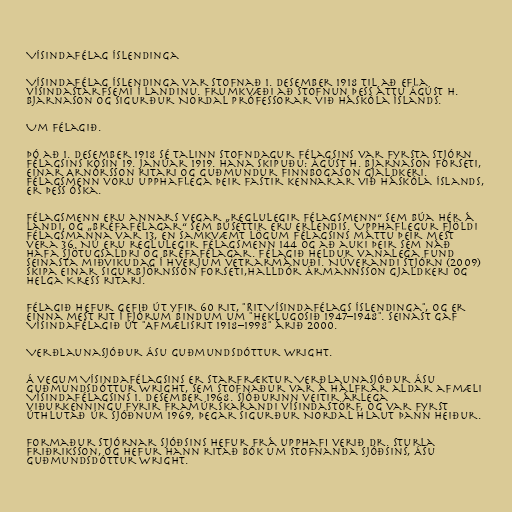
Vísindafélag Íslendinga

Vísindafélag Íslendinga var stofnað 1. desember 1918 til að efla
vísindastarfsemi í landinu. Frumkvæði að stofnun þess áttu Ágúst H.
Bjarnason og Sigurður Nordal prófessorar við Háskóla Íslands.

Um félagið.

Þó að 1. desember 1918 sé talinn stofndagur félagsins var fyrsta stjórn
félagsins kosin 19. janúar 1919. Hana skipuðu: Ágúst H. Bjarnason forseti,
Einar Arnórsson ritari og Guðmundur Finnbogason gjaldkeri.
Félagsmenn voru upphaflega þeir fastir kennarar við Háskóla Íslands,
er þess óska.

Félagsmenn eru annars vegar „reglulegir félagsmenn“ sem búa hér á
landi, og „bréfafélagar“ sem búsettir eru erlendis. Upphaflegur fjöldi
félagsmanna var 13, en samkvæmt lögum félagsins máttu þeir mest
vera 36. Nú eru reglulegir félagsmenn 144 og að auki þeir sem náð
hafa sjötugsaldri og bréfafélagar. Félagið heldur vanalega fund
seinasta miðvikudag í hverjum vetrarmánuði. Núverandi stjórn (2009)
skipa Einar Sigurbjörnsson forseti,Halldór Ármannsson gjaldkeri og
Helga Kress ritari.

Félagið hefur gefið út yfir 60 rit, "Rit Vísindafélags Íslendinga", og er
einna mest rit í fjórum bindum um "Heklugosið 1947–1948". Seinast gaf
Vísindafélagið út "Afmælisrit 1918–1998" árið 2000.

Verðlaunasjóður Ásu Guðmundsdóttur Wright.

Á vegum Vísindafélagsins er starfræktur Verðlaunasjóður Ásu
Guðmundsdóttur Wright, sem stofnaður var á hálfrar aldar afmæli
Vísindafélagsins 1. desember 1968. Sjóðurinn veitir árlega
viðurkenningu fyrir framúrskarandi vísindastörf, og var fyrst
úthlutað úr sjóðnum 1969, þegar Sigurður Nordal hlaut þann heiður.

Formaður stjórnar sjóðsins hefur frá upphafi verið dr. Sturla
Friðriksson, og hefur hann ritað bók um stofnanda sjóðsins, Ásu
Guðmundsdóttur Wright.